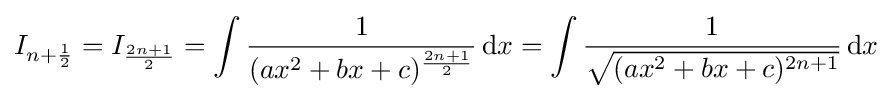
I_{n+{\frac {1}{2}}}=I_{\frac {2n+1}{2}}=\int {\frac {1}{(ax^{2}+bx+c)^{\frac {2n+1}{2}}}}\,{\text{d}}x=\int {\frac {1}{\sqrt {(ax^{2}+bx+c)^{2n+1}}}}\,{\text{d}}x\,\!